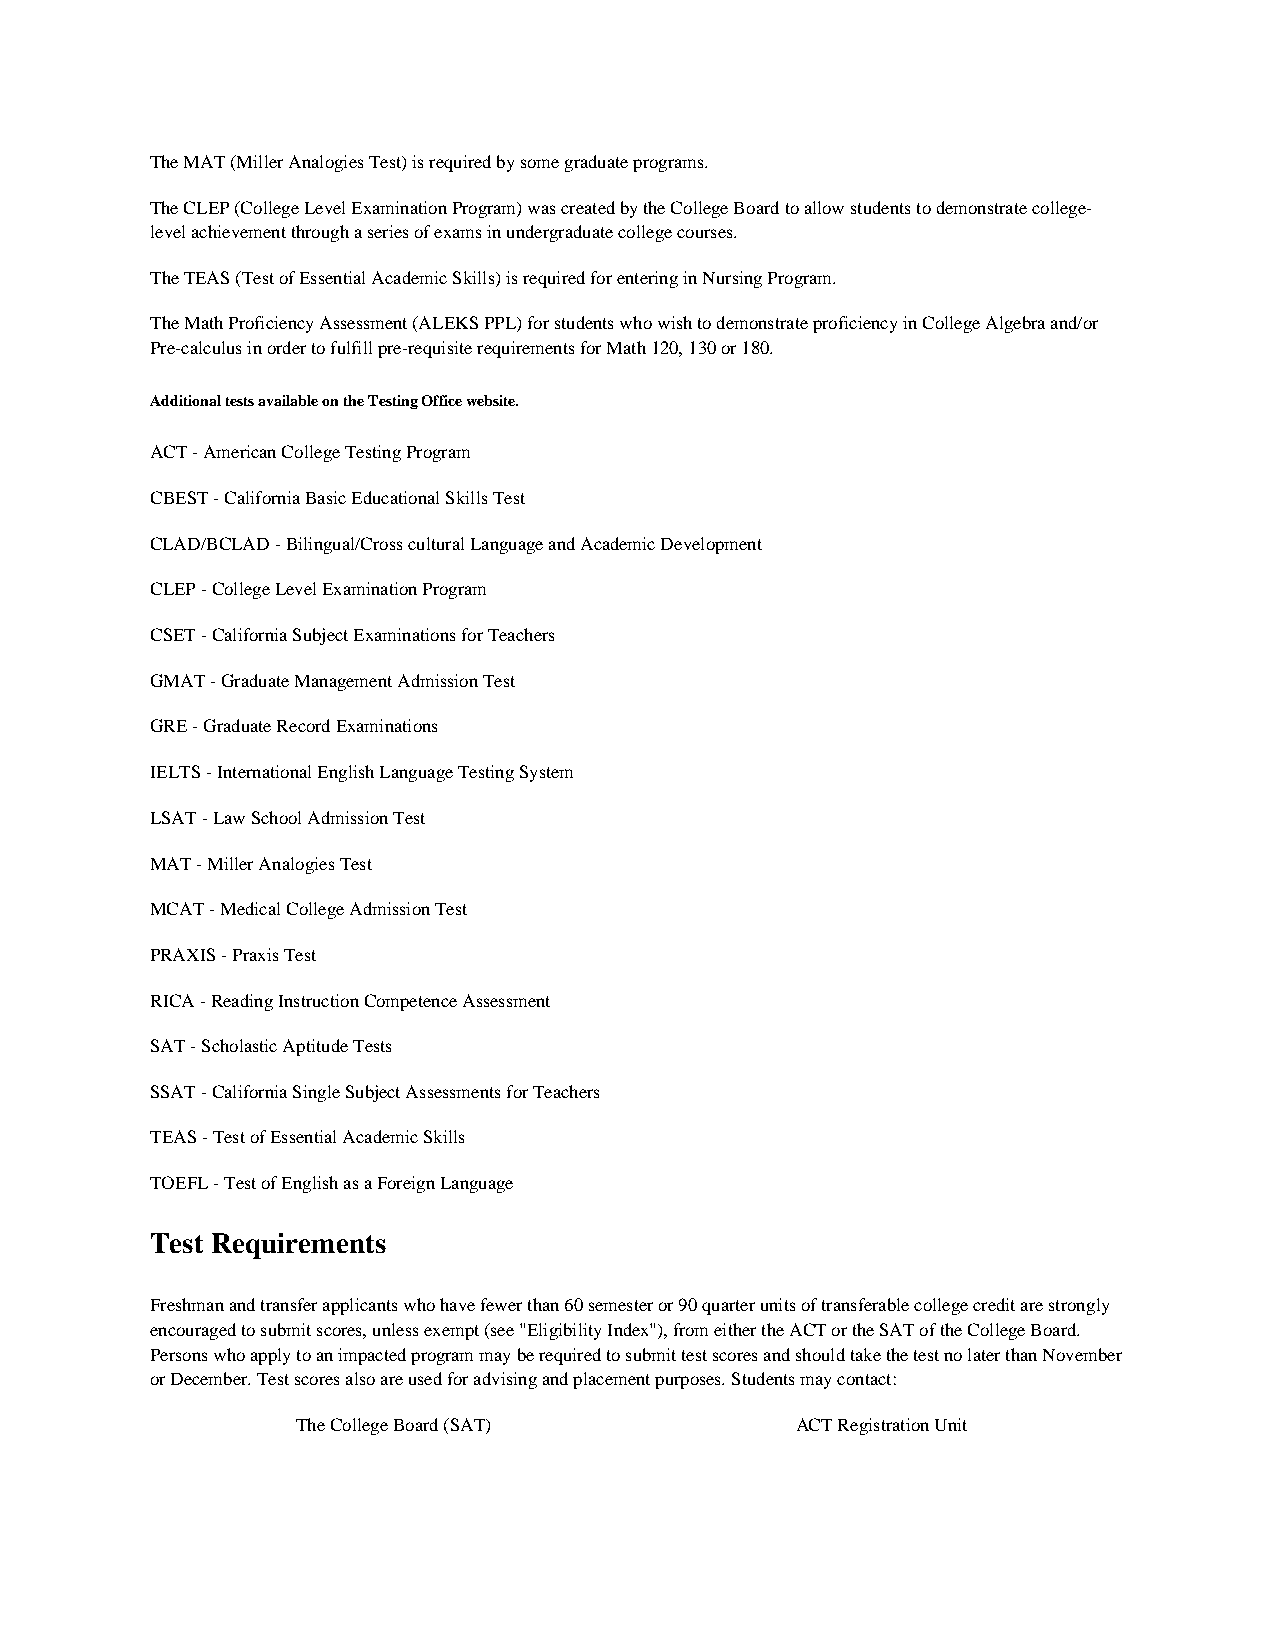
The MAT (Miller Analogies Test) is required by some graduate programs.
 The CLEP (College Level Examination Program) was created by the College Board to allow students to demonstrate college-
 level achievement through a series of exams in undergraduate college courses.
 The TEAS (Test of Essential Academic Skills) is required for entering in Nursing Program.
 The Math Proficiency Assessment (ALEKS PPL) for students who wish to demonstrate proficiency in College Algebra and/or
 Pre-calculus in order to fulfill pre-requisite requirements for Math 120, 130 or 180.
 Additional tests available on the Testing Office website.
 ACT - American College Testing Program
 CBEST - California Basic Educational Skills Test
 CLAD/BCLAD - Bilingual/Cross cultural Language and Academic Development
 CLEP - College Level Examination Program
 CSET - California Subject Examinations for Teachers
 GMAT - Graduate Management Admission Test
 GRE - Graduate Record Examinations
 IELTS - International English Language Testing System
 LSAT - Law School Admission Test
 MAT - Miller Analogies Test
 MCAT - Medical College Admission Test
 PRAXIS - Praxis Test
 RICA - Reading Instruction Competence Assessment
 SAT - Scholastic Aptitude Tests
 SSAT - California Single Subject Assessments for Teachers
 TEAS - Test of Essential Academic Skills
 TOEFL - Test of English as a Foreign Language
 Test Requirements
 Freshman and transfer applicants who have fewer than 60 semester or 90 quarter units of transferable college credit are strongly
 encouraged to submit scores, unless exempt (see "Eligibility Index"), from either the ACT or the SAT of the College Board.
 Persons who apply to an impacted program may be required to submit test scores and should take the test no later than November
 or December. Test scores also are used for advising and placement purposes. Students may contact:
 The College Board (SAT)          ACT Registration Unit